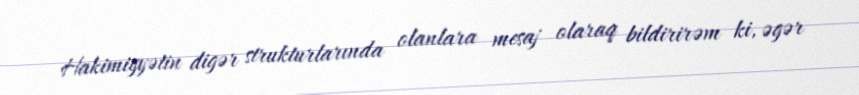
Hakimiyyətin digər strukturlarında olanlara mesaj olaraq bildirirəm ki, əgər